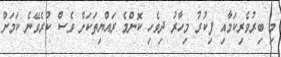
މި ބިރުވެރިކަމާއި ފިކުރު މިހާރު ދިވެހި ކޮންމެ ރައްޔިތަކަށް ވެސް ކުރެވޭނެ ކަމަށް